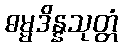
ဓမ္မဒိန္နသုတ္တံ